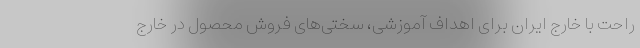
راحت با خارج ایران برای اهداف آموزشی، سختی‌های فروش محصول در خارج